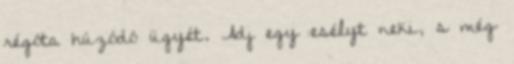
régóta húzódó ügyét. Adj egy esélyt neki, s még